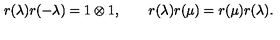
r ( \lambda ) r ( - \lambda ) = 1 \otimes 1 , \qquad r ( \lambda ) r ( \mu ) = r ( \mu ) r ( \lambda ) .